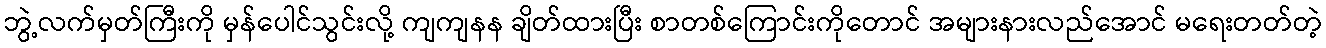
ဘွဲ့လက်မှတ်ကြီးကို မှန်ပေါင်သွင်းလို့ ကျကျနန ချိတ်ထားပြီး စာတစ်ကြောင်းကိုတောင် အများနားလည်အောင် မရေးတတ်တဲ့